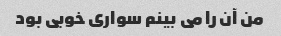
من آن را می بینم سواری خوبی بود